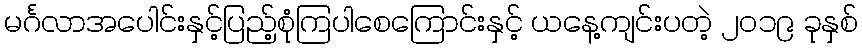
မင်္ဂလာအပေါင်းနှင့်ပြည့်စုံကြပါစေကြောင်းနှင့် ယနေ့ကျင်းပတဲ့ ၂၀၁၉ ခုနှစ်